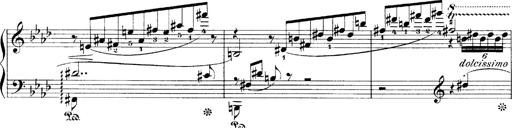
Title: LiebestrÃ¤ume
Composer: Franz Behr
Key: E-flat major